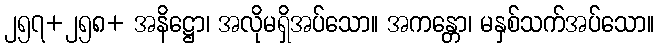
၂၅၇+၂၅၈+ အနိဋ္ဌော၊ အလိုမရှိအပ်သော။ အကန္တော၊ မနှစ်သက်အပ်သော။